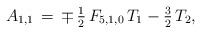
\begin{align*}A_{1,1}\,=\,\mp\,\tfrac{1}{2}\,F_{5,1,0}\,T_1-\tfrac{3}{2}\,T_2,\end{align*}